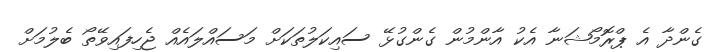
ގެންދާ އެ ޕްރޮމޯޝަނާ އެކު އާންމުން ގެންގުޅޭ ސައިކަލުތަކަށް މަސައްލައެއް ޖެހިފައިވޭތޯ ބެލުމަށް